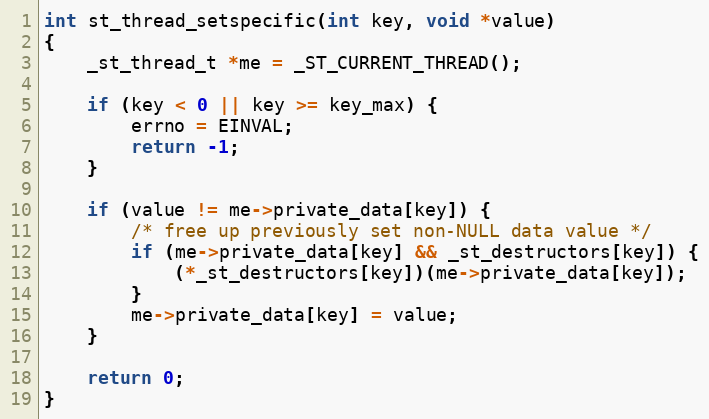
Language: C
int st_thread_setspecific(int key, void *value)
{
    _st_thread_t *me = _ST_CURRENT_THREAD();

    if (key < 0 || key >= key_max) {
        errno = EINVAL;
        return -1;
    }

    if (value != me->private_data[key]) {
        /* free up previously set non-NULL data value */
        if (me->private_data[key] && _st_destructors[key]) {
            (*_st_destructors[key])(me->private_data[key]);
        }
        me->private_data[key] = value;
    }

    return 0;
}